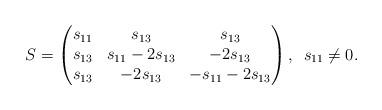
LaTeX: \begin{align*}S =\begin{pmatrix}s_{11} & s_{13} & s_{13}\\s_{13} & s_{11} - 2 s_{13} & - 2s_{13}\\s_{13} & -2 s_{13} & -s_{11} - 2 s_{13}\end{pmatrix}, \enskip s_{11}\neq 0.\end{align*}